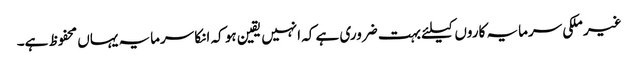
غیر ملکی سرمایہ کاروں کیلئے بہت ضروری ہے کہ انہیں یقین ہو کہ انکا سرمایہ یہاں محفوظ ہے۔